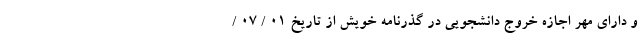
و دارای مهر اجازه خروج دانشجویی در گذرنامه خویش از تاریخ 01 / 07 /